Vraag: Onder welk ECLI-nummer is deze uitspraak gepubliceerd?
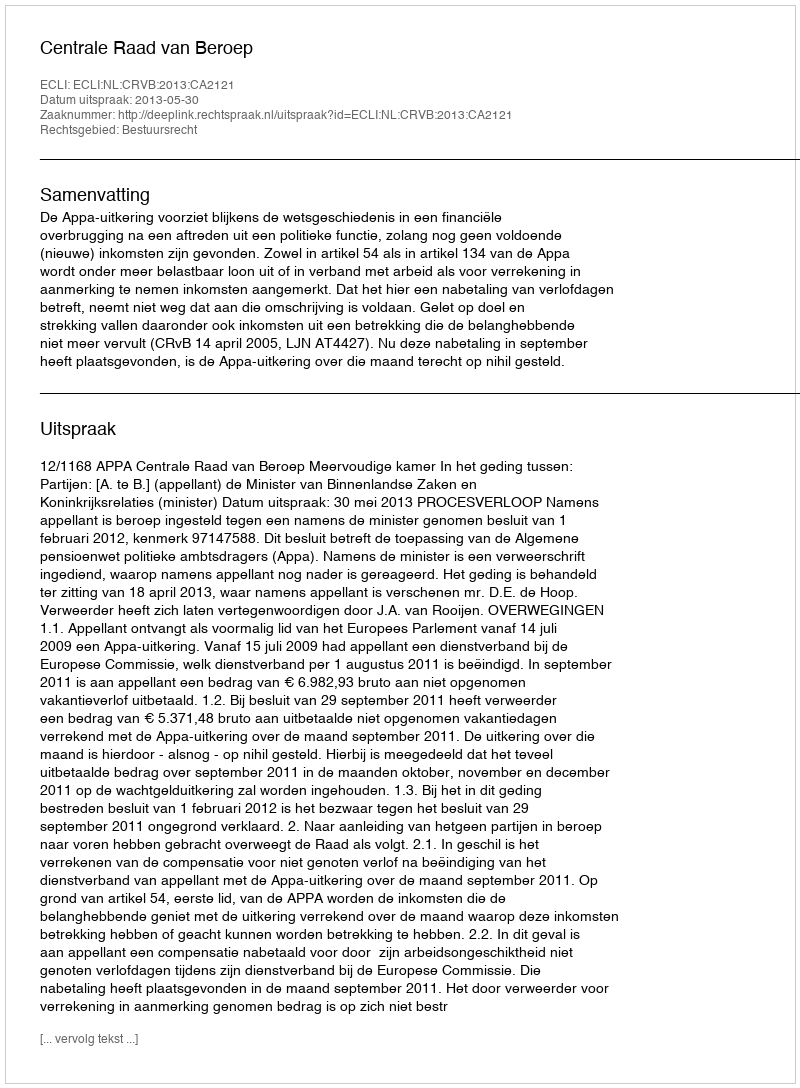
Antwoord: ECLI:NL:CRVB:2013:CA2121